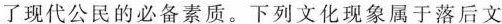
了现代公民的必备素质。下列文化现象属于落后文